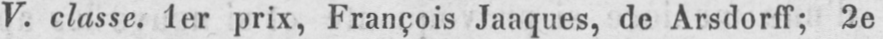
V. classe. 1er prix, François Jaaques, de Arsdorff; 2e